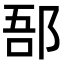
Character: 郚